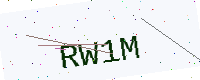
Text: RW1M